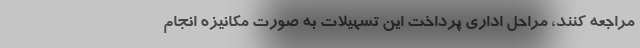
مراجعه کنند، مراحل اداری پرداخت این تسهیلات به صورت مکانیزه انجام